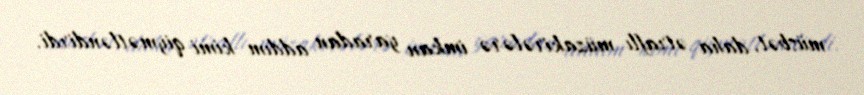
müsbət, daha ətraflı müzakirələrə imkan yaradan addım kimi qiymətləndirdi.